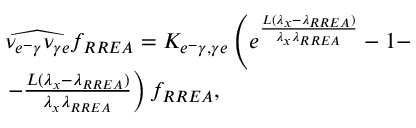
\begin{array} { r l } & { \widehat { \nu _ { e ^ { - } \gamma } \nu _ { \gamma e } } f _ { R R E A } = K _ { e ^ { - } \gamma , \gamma e } \left( e ^ { \frac { L ( \lambda _ { x } - \lambda _ { R R E A } ) } { \lambda _ { x } \lambda _ { R R E A } } } - 1 - \right. } \\ & { \left. - \frac { L ( \lambda _ { x } - \lambda _ { R R E A } ) } { \lambda _ { x } \lambda _ { R R E A } } \right) f _ { R R E A } , } \end{array}